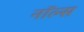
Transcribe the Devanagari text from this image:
नॉल्स